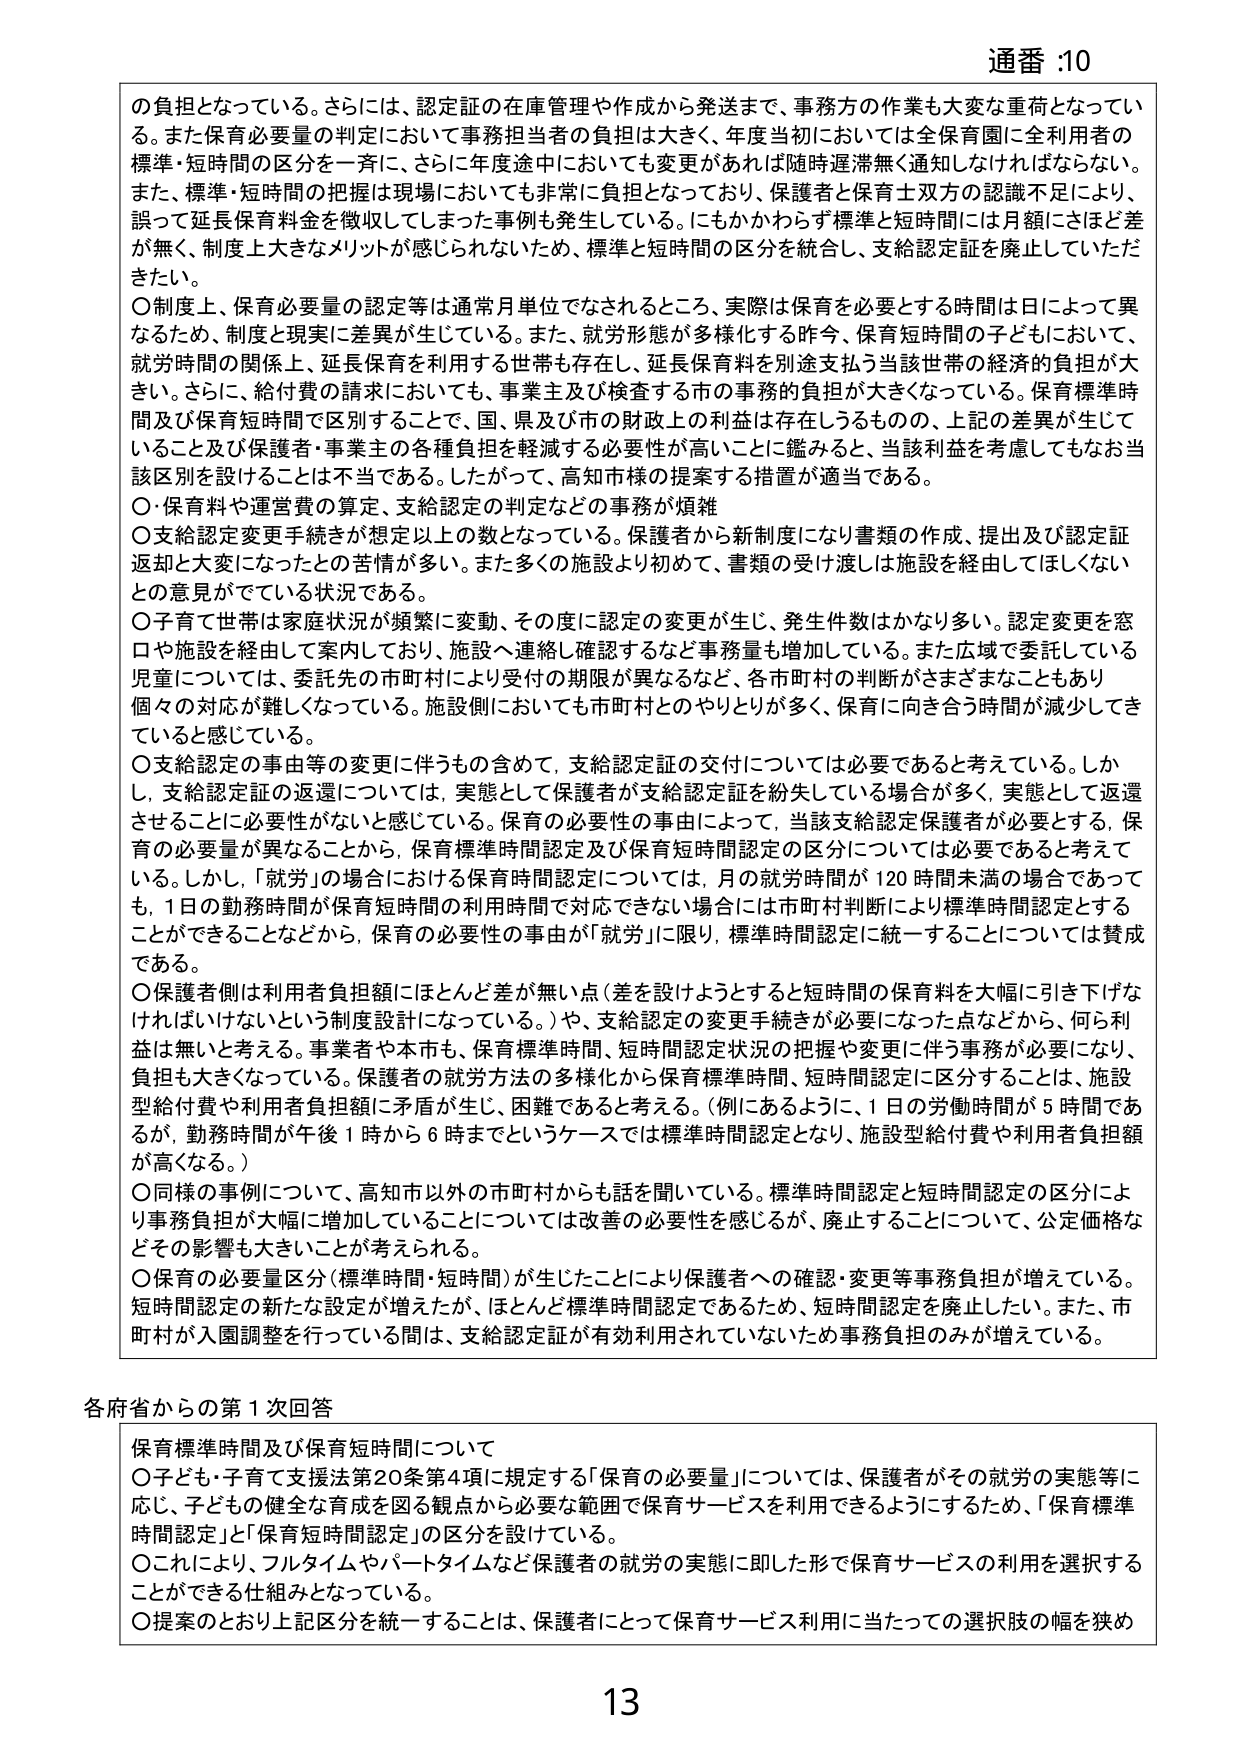
通番 :10

の負担となっている。さらには、認定証の在庫管理や作成から発送まで、事務方の作業も大変な重荷となってい
る。また保育必要量の判定において事務担当者の負担は大きく、年度当初においては全保育園に全利用者の
標準・短時間の区分を一斉に、さらに年度途中においても変更があれば随時遅滞無く通知しなければならない。
また、標準・短時間の把握は現場においても非常に負担となっており、保護者と保育士双方の認識不足により、
誤って延長保育料金を徴収してしまった事例も発生している。にもかかわらず標準と短時間には月額にさほど差
が無く、制度上大きなメリットが感じられないため、標準と短時間の区分を統合し、支給認定証を廃止していただ
きたい。

〇制度上、保育必要量の認定等は通常月単位でなされるところ、実際は保育を必要とする時間は日によって異
なるため、制度と現実に差異が生じている。また、就労形態が多様化する昨今、保育短時間の子どもにおいて、
就労時間の関係上、延長保育を利用する世帯も存在し、延長保育料を別途支払う当該世帯の経済的負担が大
きい。さらに、給付費の請求においても、事業主及び検査する市の事務的負担が大きくなっている。保育標準時
間及び保育短時間で区別することで、国、県及び市の財政上の利益は存在しうるもの、上記の差異が生じて
いること及び保護者・事業主の各種負担を軽減する必要性が高いことに鑑みると、当該利益を考慮してもなお当
該区別を設けることは不当である。したがって、高知市様の提案する措置が適当である。

〇・保育料や運営費の算定、支給認定の判定などの事務が煩雑

〇支給認定変更手続きが想定以上の数となっている。保護者から新制度になり書類の作成、提出及び認定証
返却と大変になったとの苦情が多い。また多くの施設より初めて、書類の受け渡しは施設を経由してほしくない
との意見がでている状況である。

〇子育て世帯は家庭状況が頻繁に変動、その度に認定の変更が生じ、発生件数はかなり多い。認定変更を窓
口や施設を経由して案内しており、施設へ連絡し確認するなど事務量も増加している。また広域で委託している
児童については、委託先の市町村により受付の期限が異なるなど、各市町村の判断がさまざまなこともあり
個々の対応が難しくなっている。施設側においても市町村とのやりとりが多く、保育に向き合う時間が減少してき
ていると感じている。

〇支給認定の事由等の変更に伴うもの含めて、支給認定証の交付については必要であると考えている。しか
し、支給認定証の返還については、実態として保護者が支給認定証を紛失している場合が多く、実態として返還
させることに必要性がないと感じている。保育の必要性の事由によって、当該支給認定保護者が必要とする、保
育の必要量が異なることから、保育標準時間認定及び保育短時間認定の区分については必要であると考えて
いる。しかし、「就労」の場合における保育時間認定については、月の就労時間が 120 時間未満の場合であって
も、1日の勤務時間が保育短時間の利用時間で対応できない場合には市町村判断により標準時間認定とする
ことができることなどから、保育の必要性の事由が「就労」に限り、標準時間認定に統一することについては賛成
である。

〇保護者側は利用者負担額にほとんど差が無い点（差を設けようとすると短時間の保育料を大幅に引き下げな
ければいけないという制度設計になっている。）や、支給認定の変更手続きが必要になった点などから、何ら利
益は無いと考える。事業者や本市も、保育標準時間、短時間認定状況の把握や変更に伴う事務が必要になり、
負担も大きくなっている。保護者の就労方法の多様化から保育標準時間、短時間認定に区分することは、施設
型給付費や利用者負担額に矛盾が生じ、困難であると考える。（例にあるように、1日の労働時間が 5 時間であ
るが、勤務時間が午後 1 時から 6 時までというケースでは標準時間認定となり、施設型給付費や利用者負担額
が高くなる。）

〇同様の事例について、高知市以外の市町村からも話を聞いている。標準時間認定と短時間認定の区分によ
り事務負担が大幅に増加していることについては改善の必要性を感じるが、廃止することについて、公定価格な
どその影響も大きいことが考えられる。

〇保育の必要量区分（標準時間・短時間）が生じたことにより保護者への確認・変更等事務負担が増えてい
る。短時間認定の新たな設定が増えたが、ほとんど標準時間認定であるため、短時間認定を廃止したい。また、市
町村が入園調整を行っている間は、支給認定証が有効利用されていないため事務負担のみが増えている。

各府省からの第 1 次回答

保育標準時間及び保育短時間について

〇子ども・子育て支援法第20条第4項に規定する「保育の必要量」については、保護者がその就労の実態等に
応じ、子どもの健全な育成を図る観点から必要な範囲で保育サービスを利用できるようにするため、「保育標準
時間認定」と「保育短時間認定」の区分を設けている。

〇これにより、フルタイムやパートタイムなど保護者の就労の実態に即した形で保育サービスの利用を選択する
ことができる仕組みとなっている。

〇提案のとおり上記区分を統一することは、保護者にとって保育サービス利用に当たっての選択肢の幅を狭め

13